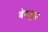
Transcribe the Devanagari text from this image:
बेबकूफ